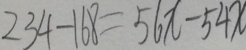
2 3 4 - 1 6 8 = 5 6 x - 5 4 x